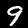
Digit: 9